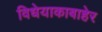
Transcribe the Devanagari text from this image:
विधेयाकाबाहेर